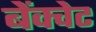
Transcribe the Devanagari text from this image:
बेंक्वेट